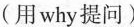
(用why提问)